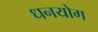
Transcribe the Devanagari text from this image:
धनयोग